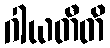
ဂါယတီတိ